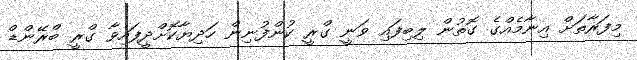
މިފަރާތަށް އިނާމެއްގެ ގޮތުން ލިބިފައި ވަނީ ގްރީ ކުންފުނިން ހަދިޔާކޮށްދީފައިވާ ގްރީ ބްރޭންޑް